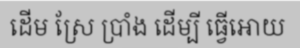
ដើម ស្រែ ប្រាំង ដើម្បី ធ្វើអោយ